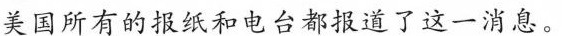
美国所有的报纸和电台都报道了这一消息。